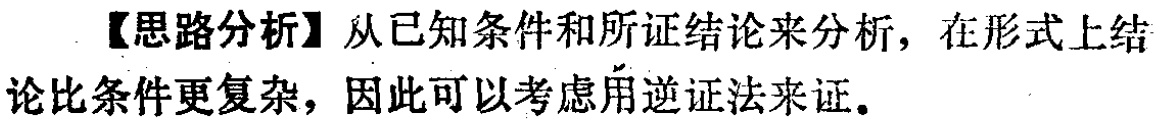
【思路分析】从已知条件和所证结论来分析，在形式上结论比条件更复杂，因此可以考虑用逆证法来证。